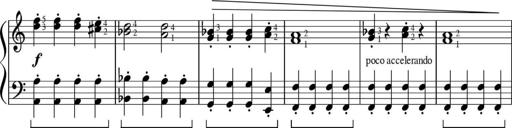
Title: Sonatinas
Composer: Andrew Violette